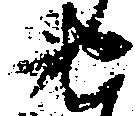
せ